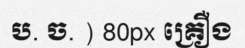
ប. ច. ) 80px គ្រឿង